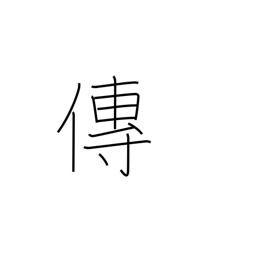
Meaning: transmit